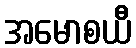
အမောစယီ